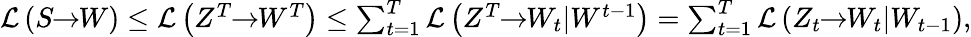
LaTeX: \begin{array}{r}{\mathcal{L}\left(S\! \! \to\! \! W\right)\leq\mathcal{L}\left(Z^{T}\! \! \to\! \! W^{T}\right)\leq\sum_{t=1}^{T}\mathcal{L}\left(Z^{T}\! \! \to\! \! W_{t}|W^{t-1}\right)=\sum_{t=1}^{T}\mathcal{L}\left(Z_{t}\! \! \to\! \! W_{t}|W_{t-1}\right),}\end{array}